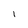
Character: l